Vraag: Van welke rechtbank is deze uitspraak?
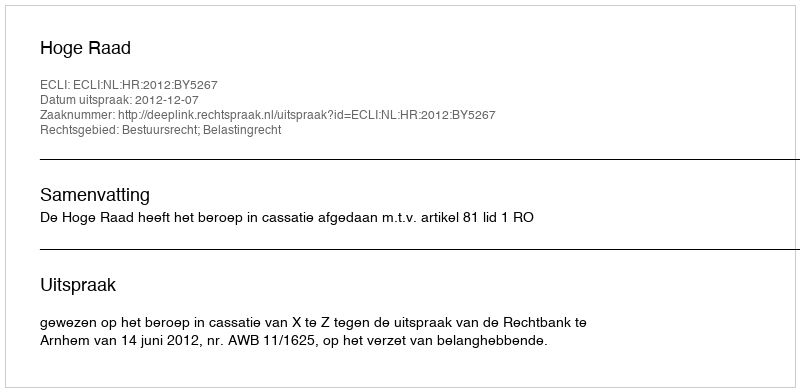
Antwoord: Hoge Raad